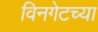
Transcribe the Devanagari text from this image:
विनगेटच्या